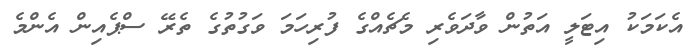
އެކަމަކު އިޓަލީ އަތުން ވާދަވެރި މެޗެއްގެ ފުރިހަމަ ވަގުތުގެ ތެރޭ ސްޕެއިން އެންމެ